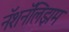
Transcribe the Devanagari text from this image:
नॅशनॅलिझम